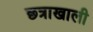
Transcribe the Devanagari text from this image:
छ्त्राखाली